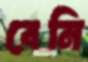
বেনি